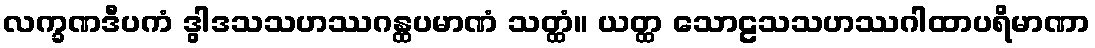
လက္ခဏဒီပကံ ဒွါဒသသဟဿဂန္ထပမာဏံ သတ္ထံ။ ယတ္ထ သောဠသသဟဿဂါထာပရိမာဏာ